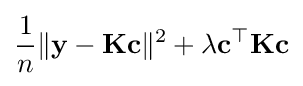
{\frac {1}{n}}\|\mathbf {y} -\mathbf {K} \mathbf {c} \|^{2}+\lambda \mathbf {c} ^{\top }\mathbf {K} \mathbf {c}